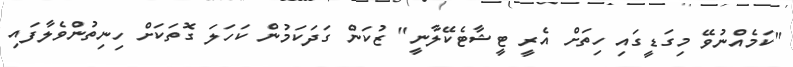
"ކަމެއްނުވޭ މިގަޑީގައި ހިތަށް އެރީ ޓީޝާޓެކޭލާނީ" ޒުކަން ގަދަކަމުން ކަހަލަ ގޮތަކަށް ހިނިތުންވެލާފައި